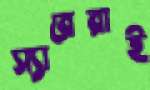
স্যারেরাই